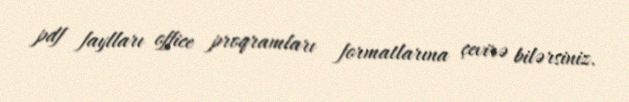
pdf faylları office proqramları formatlarına çevirə bilərsiniz.